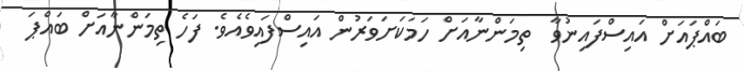
ބައްޕައަށް އައިސްފައިނުވާ  ތިމަންނާއަށް ހަމަކަށަވަރުން އައިސްފައިވެއެވެ. ފަހެ ތިމަންނާއަށް ބައްޕަ